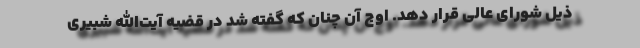
ذیل شورای عالی قرار دهد. اوج آن چنان که گفته شد در قضیه آیت‌الله شبیری